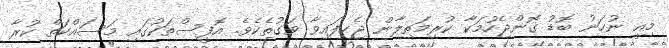
މިއީ ނުހަނު ބޮޑު ގޮންޖެހުމަކާ ކުރިމަތިލާން ޖެހިފައިވާ ވަގުތެކެވެ. އޮފީސްތަކުގައި މަސައްކަތް ކުރާ